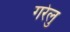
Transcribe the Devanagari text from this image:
गरेलु